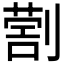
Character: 𠟗